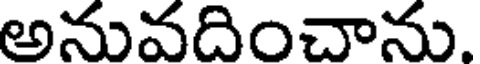
అనువదించాను.